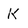
Character: k